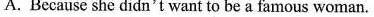
A. Because she didn't want to be a famous woman.